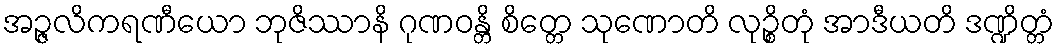
အဉ္ဇလိကရဏီယော ဘုဇိဿာနိ ဂုဏဝန္တိ စိတ္တေ သုဏောတိ လုဉ္စိတုံ အာဒီယတိ ဒဏ္ဍိတ္တံ